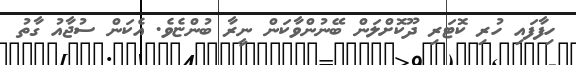
ހިފާފައި ހުރި ކޮޓަރި ދޫކޮށްލަން ބޭނުންވާކަން ނީރާ ބުންޏެވެ. އެކަން ސުޖާއު ގާތު